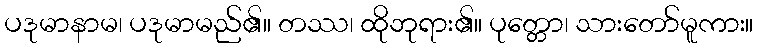
ပဒုမာနာမ၊ ပဒုမာမည်၏။ တဿ၊ ထိုဘုရား၏။ ပုတ္တော၊ သားတော်မူကား။